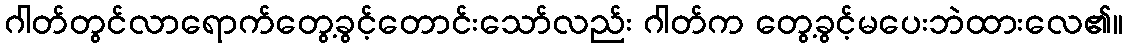
ဂါတ်တွင်လာရောက်တွေ့ခွင့်တောင်းသော်လည်း ဂါတ်က တွေ့ခွင့်မပေးဘဲထားလေ၏။